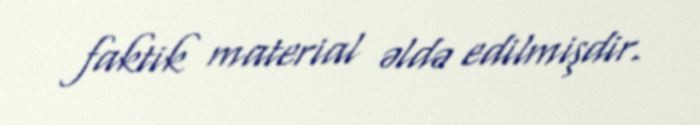
faktik material əldə edilmişdir.